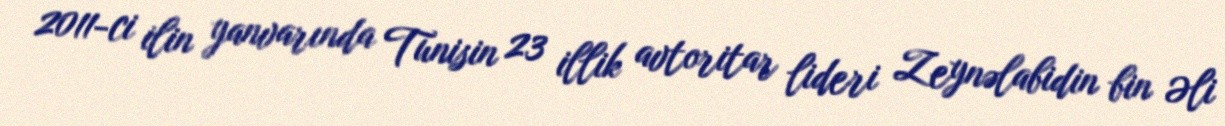
2011-ci ilin yanvarında Tunisin 23 illik avtoritar lideri Zeynəlabidin bin Əli